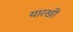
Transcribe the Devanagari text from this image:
यारखी